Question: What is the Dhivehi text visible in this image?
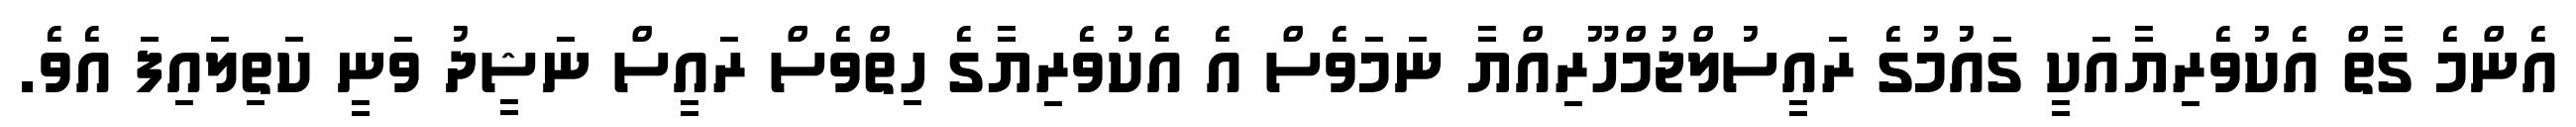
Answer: އެންމެ ގާތް އެކުވެރިޔާއަކީ ގައުމުގެ ރައީސުލްޖުމްހޫރިއްޔާ ނަމަވެސް އެ އެކުވެރިޔާގެ ހިތްވެސް ރައީސް ނަޝީދު ވަނީ ކަތިލައިފަ އެވެ.